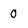
Character: 0